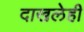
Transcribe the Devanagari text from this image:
दाखलेही